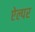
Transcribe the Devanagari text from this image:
ऐल्पर